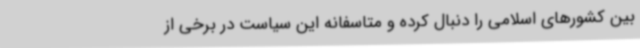
بین کشورهای اسلامی را دنبال کرده و متاسفانه این سیاست در برخی از